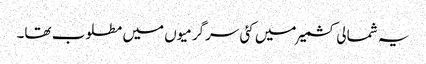
یہ شمالی کشمیر میں کئی سرگرمیوں میں مطلوب تھا۔